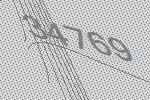
34769